Indian Civil Veterinary Department memoirs
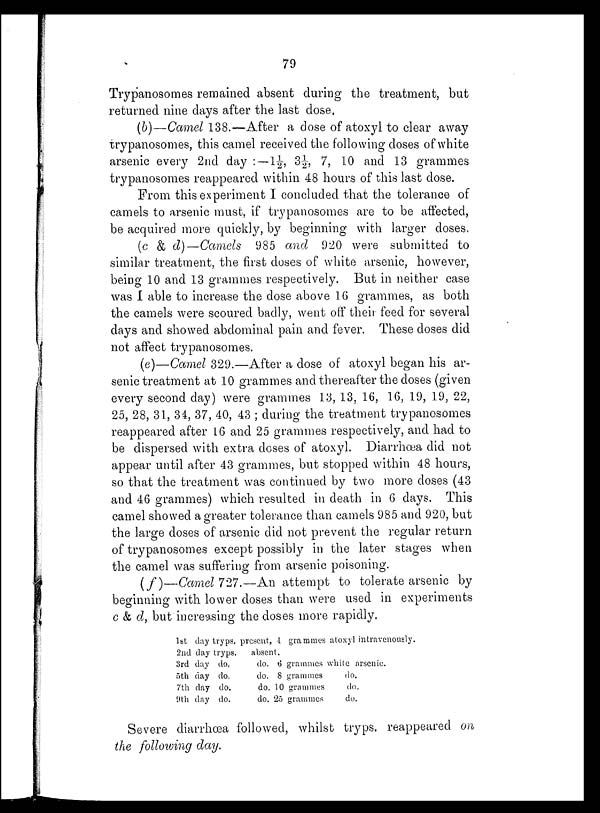
79
Trypanosomes remained absent during the treatment, but
returned nine days after the last dose.
(b)—Camel 138.—After a dose of atoxyl to clear away
trypanosomes, this camel received the following doses of white
arsenic every 2nd day:—1½, 3½, 7, 10 and 13 grammes
trypanosomes reappeared within 48 hours of this last dose.
From this experiment I concluded that the tolerance of
camels to arsenic must, if trypanosomes are to be affected,
be acquired more quickly, by beginning with larger doses.
(c & d)—Camels 985 and 920 were submitted to
similar treatment, the first doses of white arsenic, however,
being 10 and 13 grammes respectively. But in neither case
was I able to increase the dose above 16 grammes, as both
the camels were scoured badly, went off their feed for several
days and showed abdominal pain and fever. These doses did
not affect trypanosomes.
(e)—Camel 329.—After a dose of atoxyl began his ar-
senic treatment at 10 grammes and thereafter the doses (given
every second day) were grammes 13, 13, 16, 16, 19, 19, 22,
25, 28, 31, 34, 37, 40, 43; during the treatment trypanosomes
reappeared after 16 and 25 grammes respectively, and had to
be dispersed with extra doses of atoxyl. Diarrhœa did not
appear until after 43 grammes, but stopped within 48 hours,
so that the treatment was continued by two more doses (43
and 46 grammes) which resulted in death in 6 days. This
camel showed a greater tolerance than camels 985 and 920, but
the large doses of arsenic did not prevent the regular return
of trypanosomes except possibly in the later stages when
the camel was suffering from arsenic poisoning.
(f)—Camel 727.—An attempt to tolerate arsenic by
beginning with lower doses than were used in experiments
c & d, but increasing the doses more rapidly.
1st day tryps.
2nd day tryps.
3rd day do.
5th day do.
7th day do.
9th day do.
present, 4 grammes atoxyl intravenously.
absent.
do. 6 grammes white arsenic.
do. 8 grammes
do.
do. 10 grammes
do.
do. 25 grammes
do.
Severe diarrhœa followed, whilst tryps. reappeared on
the following day.